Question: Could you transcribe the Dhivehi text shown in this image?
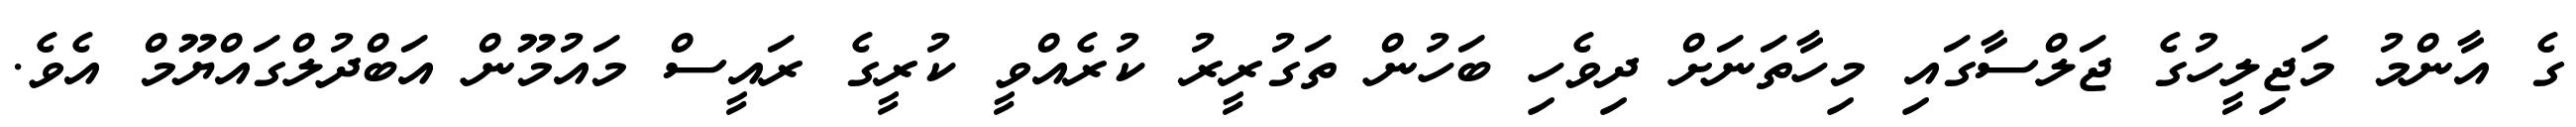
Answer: ގެ އާންމު މަޖިލީހުގެ ޖަލްސާގައި މިހާތަނަށް ދިވެހި ބަހުން ތަގުރީރު ކުރެއްވީ ކުރީގެ ރައީސް މައުމޫން އަބްދުލްގައްޔޫމް އެވެ.